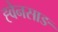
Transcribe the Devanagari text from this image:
ह्वेनसाङ